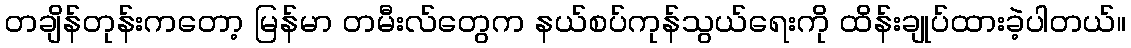
တချိန်တုန်းကတော့ မြန်မာ တမီးလ်တွေက နယ်စပ်ကုန်သွယ်ရေးကို ထိန်းချုပ်ထားခဲ့ပါတယ်။